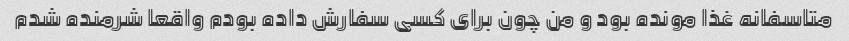
متاسفانه غذا مونده بود و من چون برای کسی سفارش داده بودم واقعا شرمنده شدم